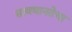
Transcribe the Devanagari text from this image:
सावधानतेचा